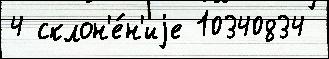
4 склон'е́н'иjе 10340834